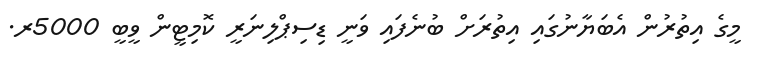
މީގެ އިތުރުން އެބަޔާނުގައި އިތުރަށް ބުނެފައި ވަނީ ޑިސިޕްލިނަރީ ކޮމިޓީން ވީބީ 5000ރ.